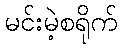
မင်းမဲ့စရိုက်